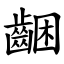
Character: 齫